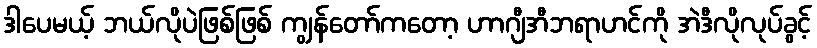
ဒါပေမယ့် ဘယ်လိုပဲဖြစ်ဖြစ် ကျွန်တော်ကတော့ ဟာဂျီအီဘရာဟင်ကို အဲဒီလိုလုပ်ခွင့်